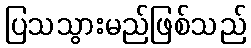
ပြသသွားမည်ဖြစ်သည်